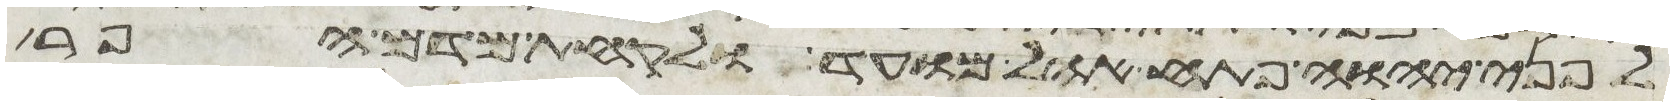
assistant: לפני יהוה פתח אהל מועד ולקחת מדם הפר